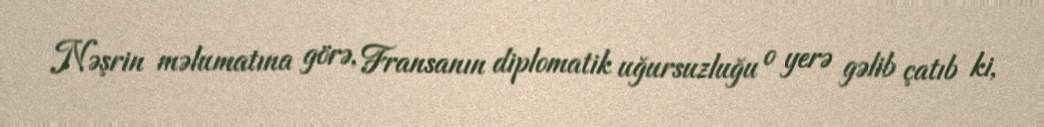
Nəşrin məlumatına görə, Fransanın diplomatik uğursuzluğu o yerə gəlib çatıb ki,